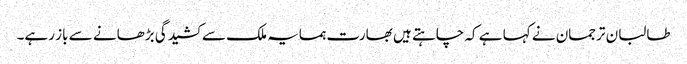
طالبان ترجمان نے کہا ہے کہ چاہتے ہیں بھارت ہمسایہ ملک سے کشیدگی بڑھانے سے باز رہے۔